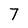
Character: 7